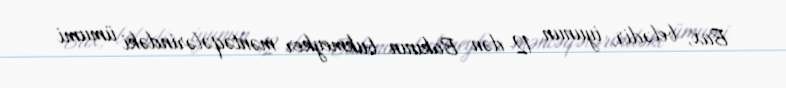
Bax, belədir, iyunun 12-dən Bakının bukmeyker məntəqələrindəki ümumi